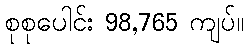
စုစုပေါင်း 98,765 ကျပ်။